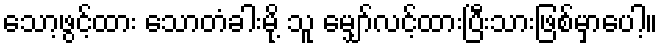
သော့ဖွင့်ထား သောတံခါးမို့ သူ မျှော်လင့်ထားပြီးသားဖြစ်မှာပေါ့။